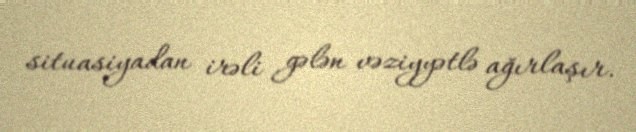
situasiyadan irəli gələn vəziyyətlə ağırlaşır.